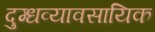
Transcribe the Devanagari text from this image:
दुग्धव्यावसायिक